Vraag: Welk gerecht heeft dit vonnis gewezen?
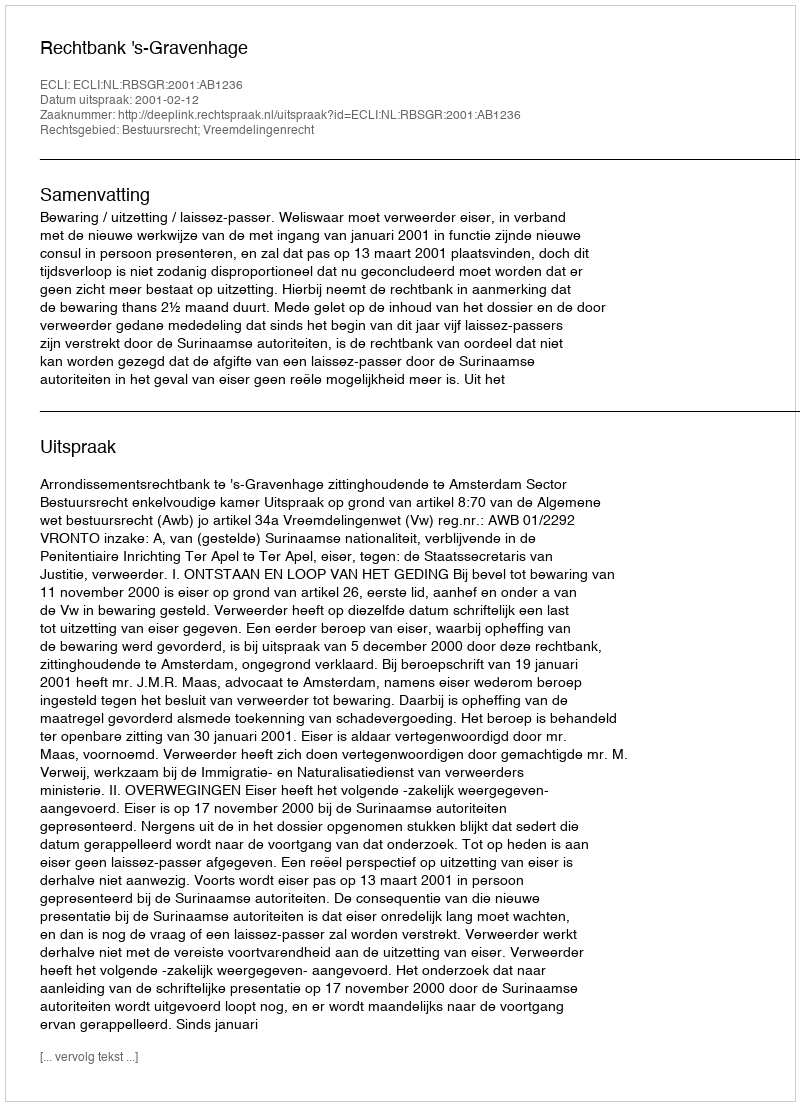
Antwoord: Rechtbank 's-Gravenhage